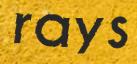
rays